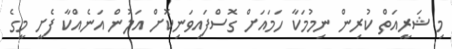
މި ޝަރީއަތް ކުރިން ނިމުމަކާ ހަމައަށް ގޮސްފައިވަނިކޮށް އަލުން އަނެއްކާ ފެށީ މީގެ